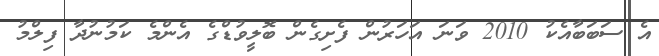
އެ ސަބަބާއެކު 2010 ވަނަ އަހަރުން ފެށިގެން ބޮލީވުޑްގެ އެންމެ ކަމުނުދާ ފިލްމު